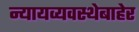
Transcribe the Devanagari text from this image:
न्यायव्यवस्थेबाहेर